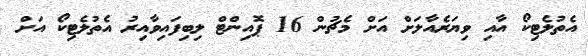
އެތުލެޓިކޯ އާއި ވިޔަރެއާލަށް އަށް މެޗުން 16 ޕޮއިންޓް ލިބިފައިވާއިރު އެތުލެޓިކޯ އަށް